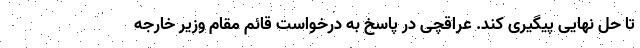
تا حل نهایی پیگیری کند. عراقچی در پاسخ به درخواست قائم مقام وزیر خارجه